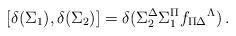
LaTeX: \begin{align*}{}[\delta(\Sigma_1), \delta(\Sigma_2)] = \delta (\Sigma_2^\Delta\Sigma_1^\Pi f_{\Pi\Delta}{}^\Lambda)\,.\end{align*}